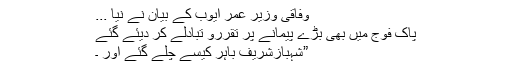
وفاقی وزیر عمر ایوب کے بیان نے نیا ...
پاک فوج میں بھی بڑے پیمانے پر تقررو تبادلے کر دیئے گئے
”شہبازشریف باہر کیسے چلے گئے اور ۔